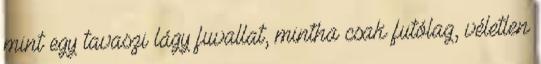
mint egy tavaszi lágy fuvallat, mintha csak futólag, véletlen